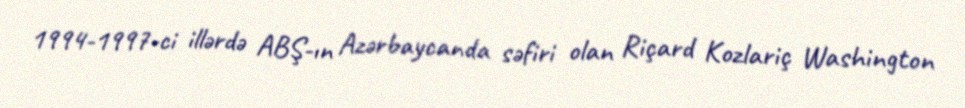
1994-1997-ci illərdə ABŞ-ın Azərbaycanda səfiri olan Riçard Kozlariç Washington